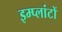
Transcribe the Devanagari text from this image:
इम्प्लांटों